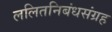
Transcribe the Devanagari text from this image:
ललितनिबंधसंग्रह